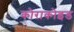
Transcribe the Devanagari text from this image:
कोराकोइड